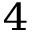
^ 4